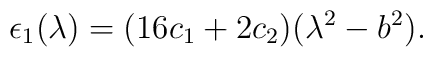
\epsilon_1(\lambda) = (16c_1+2c_2)(\lambda^2-b^2).